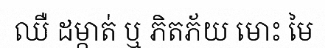
ឈឺ ដម្កាត់ ឬ ភិតភ័យ មោះ មៃ